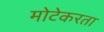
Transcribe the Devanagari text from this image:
मोटेकरता